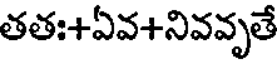
తతః+ఏవ+నివవృతే